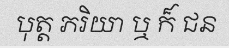
បុត្ត ភរិយា ឬ ក៏ ជន